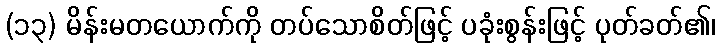
(၁၃) မိန်းမတယောက်ကို တပ်သောစိတ်ဖြင့် ပခုံးစွန်းဖြင့် ပုတ်ခတ်၏၊